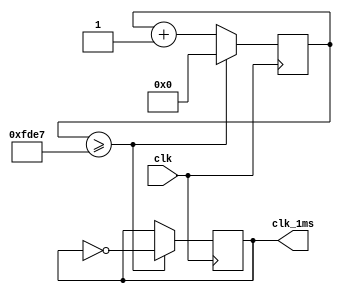
//module Clock_Divider(
//    input clk,
//    output reg clk_1ms = 0
//    );
//  
//    reg [27:0] i = 0;
//    
//	 always @ (posedge clk)
//    begin
//        if (i == 124999)
//        begin
//            i <= 0;
//            clk_1ms = ~clk_1ms;
//        end
//        else i <= i+1;
//    end
//    
//endmodule

module Clock_Divider(clk,clk_1ms);

input clk;
output reg clk_1ms;
   
reg[31:0] count     = 32'd0;
parameter D         = 65000;    // toggle every 0.5 sec  

always @(posedge clk) begin
        
    if (count >= D-1) begin             //reset to 0
        count <= 32'd0;
        clk_1ms  <= ~clk_1ms;                 // toggle           
    end else begin
        count <= count + 32'd1;
    end
end

endmodule